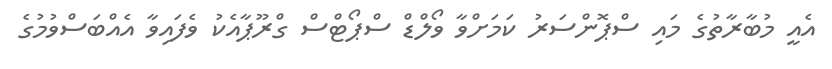
އެއީ މުބާރާތުގެ މައި ސްޕޮންސަރު ކަމަށްވާ ވޯލްޑް ސްޕޯޓްސް ގްރޫޕާއެކު ވެފައިވާ އެއްބަސްވުމުގެ